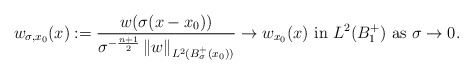
\begin{align*}w_{\sigma,x_0}(x) := \frac{w(\sigma (x-x_0))}{\sigma^{-\frac{n+1}{2}} \left\| w\right\|_{L^2(B_{\sigma}^{+}(x_0))}} \rightarrow w_{x_0}(x) \mbox{ in } L^2(B_{1}^+) \mbox{ as } \sigma \rightarrow 0.\end{align*}